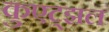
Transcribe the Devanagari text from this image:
कुएट्झल